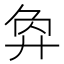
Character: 𢍅